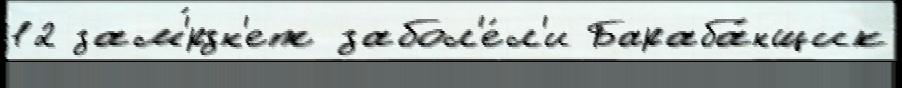
12 зам'́рзн'ет забол'е́л'и Бараба́нщик